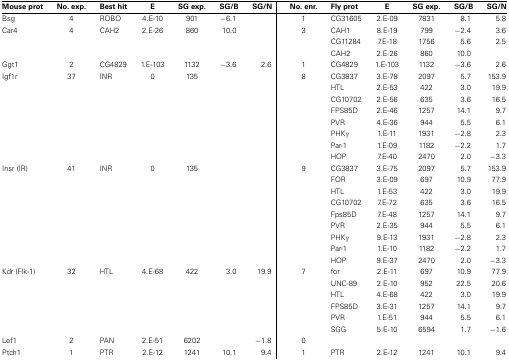
<table><thead><tr><td><b>Mouse prot</b></td><td><b>No. exp.</b></td><td><b>Best hit</b></td><td><b>E</b></td><td><b>SG exp.</b></td><td><b>SG/B</b></td><td><b>SG/N</b></td><td><b>No. enr.</b></td><td><b>Fly prot</b></td><td><b>E</b></td><td><b>SG exp.</b></td><td><b>SG/B</b></td><td><b>SG/N</b></td></tr></thead><tbody><tr><td>Bsg</td><td>4</td><td>ROBO</td><td>4.E-10</td><td>901</td><td>−6.1</td><td></td><td>1</td><td>CG31605</td><td>2.E-09</td><td>7831</td><td>8.1</td><td>5.8</td></tr><tr><td>Car4</td><td>4</td><td>CAH2</td><td>2.E-26</td><td>860</td><td>10.0</td><td></td><td>3</td><td>CAH1</td><td>8.E-19</td><td>799</td><td>−2.4</td><td>3.6</td></tr><tr><td></td><td></td><td></td><td></td><td></td><td></td><td></td><td></td><td>CG11284</td><td>7.E-18</td><td>1756</td><td>5.6</td><td>2.5</td></tr><tr><td></td><td></td><td></td><td></td><td></td><td></td><td></td><td></td><td>CAH2</td><td>2.E-26</td><td>860</td><td>10.0</td><td></td></tr><tr><td>Ggt1</td><td>2</td><td>CG4829</td><td>1.E-103</td><td>1132</td><td>−3.6</td><td>2.6</td><td>1</td><td>CG4829</td><td>1.E-103</td><td>1132</td><td>−3.6</td><td>2.6</td></tr><tr><td>Igf1r</td><td>37</td><td>INR</td><td>0</td><td>135</td><td></td><td></td><td>8</td><td>CG3837</td><td>3.E-78</td><td>2097</td><td>5.7</td><td>153.9</td></tr><tr><td></td><td></td><td></td><td></td><td></td><td></td><td></td><td></td><td>HTL</td><td>2.E-53</td><td>422</td><td>3.0</td><td>19.9</td></tr><tr><td></td><td></td><td></td><td></td><td></td><td></td><td></td><td></td><td>CG10702</td><td>2.E-56</td><td>635</td><td>3.6</td><td>16.5</td></tr><tr><td></td><td></td><td></td><td></td><td></td><td></td><td></td><td></td><td>FPS85D</td><td>2.E-46</td><td>1257</td><td>14.1</td><td>9.7</td></tr><tr><td></td><td></td><td></td><td></td><td></td><td></td><td></td><td></td><td>PVR</td><td>4.E-36</td><td>944</td><td>5.5</td><td>6.1</td></tr><tr><td></td><td></td><td></td><td></td><td></td><td></td><td></td><td></td><td>PHKγ</td><td>1.E-11</td><td>1931</td><td>−2.8</td><td>2.3</td></tr><tr><td></td><td></td><td></td><td></td><td></td><td></td><td></td><td></td><td>Par-1</td><td>1.E-09</td><td>1182</td><td>−2.2</td><td>1.7</td></tr><tr><td></td><td></td><td></td><td></td><td></td><td></td><td></td><td></td><td>HOP</td><td>7.E-40</td><td>2470</td><td>2.0</td><td>−3.3</td></tr><tr><td>Insr (IR)</td><td>41</td><td>INR</td><td>0</td><td>135</td><td></td><td></td><td>9</td><td>CG3837</td><td>3.E-75</td><td>2097</td><td>5.7</td><td>153.9</td></tr><tr><td></td><td></td><td></td><td></td><td></td><td></td><td></td><td></td><td>FOR</td><td>3.E-09</td><td>697</td><td>10.9</td><td>77.9</td></tr><tr><td></td><td></td><td></td><td></td><td></td><td></td><td></td><td></td><td>HTL</td><td>1.E-53</td><td>422</td><td>3.0</td><td>19.9</td></tr><tr><td></td><td></td><td></td><td></td><td></td><td></td><td></td><td></td><td>CG10702</td><td>7.E-72</td><td>635</td><td>3.6</td><td>16.5</td></tr><tr><td></td><td></td><td></td><td></td><td></td><td></td><td></td><td></td><td>Fps85D</td><td>7.E-48</td><td>1257</td><td>14.1</td><td>9.7</td></tr><tr><td></td><td></td><td></td><td></td><td></td><td></td><td></td><td></td><td>PVR</td><td>2.E-35</td><td>944</td><td>5.5</td><td>6.1</td></tr><tr><td></td><td></td><td></td><td></td><td></td><td></td><td></td><td></td><td>PHKγ</td><td>9.E-13</td><td>1931</td><td>−2.8</td><td>2.3</td></tr><tr><td></td><td></td><td></td><td></td><td></td><td></td><td></td><td></td><td>Par-1</td><td>1.E-10</td><td>1182</td><td>−2.2</td><td>1.7</td></tr><tr><td></td><td></td><td></td><td></td><td></td><td></td><td></td><td></td><td>HOP</td><td>9.E-37</td><td>2470</td><td>2.0</td><td>−3.3</td></tr><tr><td>Kdr (Flk-1)</td><td>32</td><td>HTL</td><td>4.E-68</td><td>422</td><td>3.0</td><td>19.9</td><td>7</td><td>for</td><td>2.E-11</td><td>697</td><td>10.9</td><td>77.9</td></tr><tr><td></td><td></td><td></td><td></td><td></td><td></td><td></td><td></td><td>UNC-89</td><td>2.E-10</td><td>952</td><td>22.5</td><td>20.6</td></tr><tr><td></td><td></td><td></td><td></td><td></td><td></td><td></td><td></td><td>HTL</td><td>4.E-68</td><td>422</td><td>3.0</td><td>19.9</td></tr><tr><td></td><td></td><td></td><td></td><td></td><td></td><td></td><td></td><td>FPS85D</td><td>3.E-31</td><td>1257</td><td>14.1</td><td>9.7</td></tr><tr><td></td><td></td><td></td><td></td><td></td><td></td><td></td><td></td><td>PVR</td><td>1.E-51</td><td>944</td><td>5.5</td><td>6.1</td></tr><tr><td></td><td></td><td></td><td></td><td></td><td></td><td></td><td></td><td>SGG</td><td>5.E-10</td><td>6594</td><td>1.7</td><td>−1.6</td></tr><tr><td>Lef1</td><td>2</td><td>PAN</td><td>2.E-51</td><td>6202</td><td></td><td>−1.8</td><td>0</td><td></td><td></td><td></td><td></td><td></td></tr><tr><td>Ptch1</td><td>1</td><td>PTR</td><td>2.E-12</td><td>1241</td><td>10.1</td><td>9.4</td><td>1</td><td>PTR</td><td>2.E-12</td><td>1241</td><td>10.1</td><td>9.4</td></tr></tbody></table>